Report of the Bombay Veterinary College
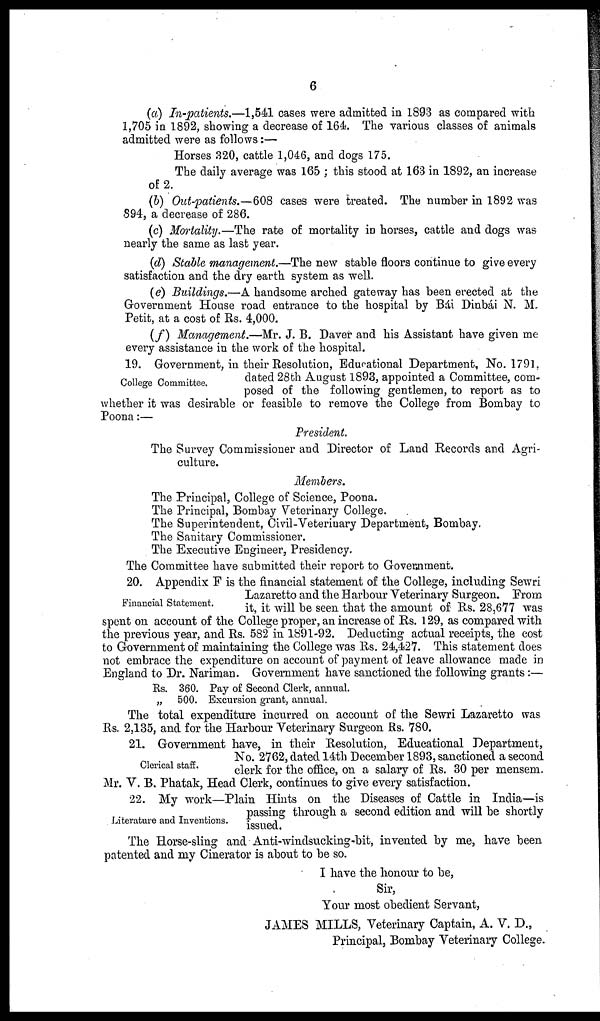
6
(a) In-patients.—1,541 cases were admitted in 1893 as compared with
1,705 in 1892, showing a decrease of 164. The various classes of animals
admitted were as follows:—
Horses 320, cattle 1,046, and dogs 175.
The daily average was 165 ; this stood at 163 in 1892, an increase
of 2.
(b) Out-patients.—608 cases were treated. The number in 1892 was
894, a decrease of 286.
(c) Mortality.—The rate of mortality in horses, cattle and dogs was
nearly the same as last year.
(d) Stable management.—The new stable floors continue to give every
satisfaction and the dry earth system as well.
(e) Buildings.—A handsome arched gateway has been erected at the
Government House road entrance to the hospital by Bái Dinbái N. M.
Petit, at a cost of Rs. 4,000.
(f) Management.—Mr. J. B. Daver and his Assistant have given me
every assistance in the work of the hospital.
College Committee.
19. Government, in their Resolution, Educational Department, No. 1791,
dated 28th August 1893, appointed a Committee, com-
posed of the following gentlemen, to report as to
whether it was desirable or feasible to remove the College from Bombay to
Poona :—
President.
The Survey Commissioner and Director of Land Records and Agri-
culture.
Members.
The Principal, College of Science, Poona.
The Principal, Bombay Veterinary College.
The Superintendent, Civil-Veterinary Department, Bombay.
The Sanitary Commissioner.
The Executive Engineer, Presidency.
The Committee have submitted their report to Government.
Financial Statement.
20. Appendix F is the financial statement of the College, including Sewri
Lazaretto and the Harbour Veterinary Surgeon. From
it, it will be seen that the amount of Rs. 28,677 was
spent on account of the College proper, an increase of Rs. 129, as compared with
the previous year, and Rs. 582 in 1891-92. Deducting actual receipts, the cost
to Government of maintaining the College was Rs. 24,427. This statement does
not embrace the expenditure on account of payment of leave allowance made in
England to Dr. Nariman. Government have sanctioned the following grants:—
Rs. 360. Pay of Second Clerk, annual.
„
500. Excursion grant, annual.
The total expenditure incurred on account of the Sewri Lazaretto was
Rs. 2,135, and for the Harbour Veterinary Surgeon Rs. 780.
Clerical staff.
21. Government have, in their Resolution, Educational Department,
No. 2762, dated 14th December 1893, sanctioned a second
clerk for the office, on a salary of Rs. 30 per mensem.
Mr. V. B. Phatak, Head Clerk, continues to give every satisfaction.
Literature and Inventions.
22. My work—Plain Hints on the Diseases of Cattle in India—is
passing through a second edition and will be shortly
issued.
The Horse-sling and Anti-windsucking-bit, invented by me, have been
patented and my Cinerator is about to be so.
I have the honour to be,
Sir,
Your most obedient Servant,
JAMES MILLS, Veterinary Captain, A. V. D.,
Principal, Bombay Veterinary College.